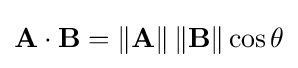
\mathbf {A} \cdot \mathbf {B} =\|\mathbf {A} \|\,\|\mathbf {B} \|\cos \theta